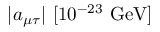
| a _ { \mu \tau } | ~ [ 1 0 ^ { - 2 3 } ~ \mathrm { { G e V } ] }